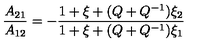
\frac { A _ { 2 1 } } { A _ { 1 2 } } = - \frac { 1 + \xi + ( Q + Q ^ { - 1 } ) \xi _ { 2 } } { 1 + \xi + ( Q + Q ^ { - 1 } ) \xi _ { 1 } }